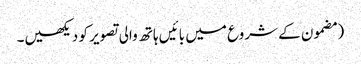
‏ (‏مضمون کے شروع میں بائیں ہاتھ والی تصویر کو دیکھیں۔